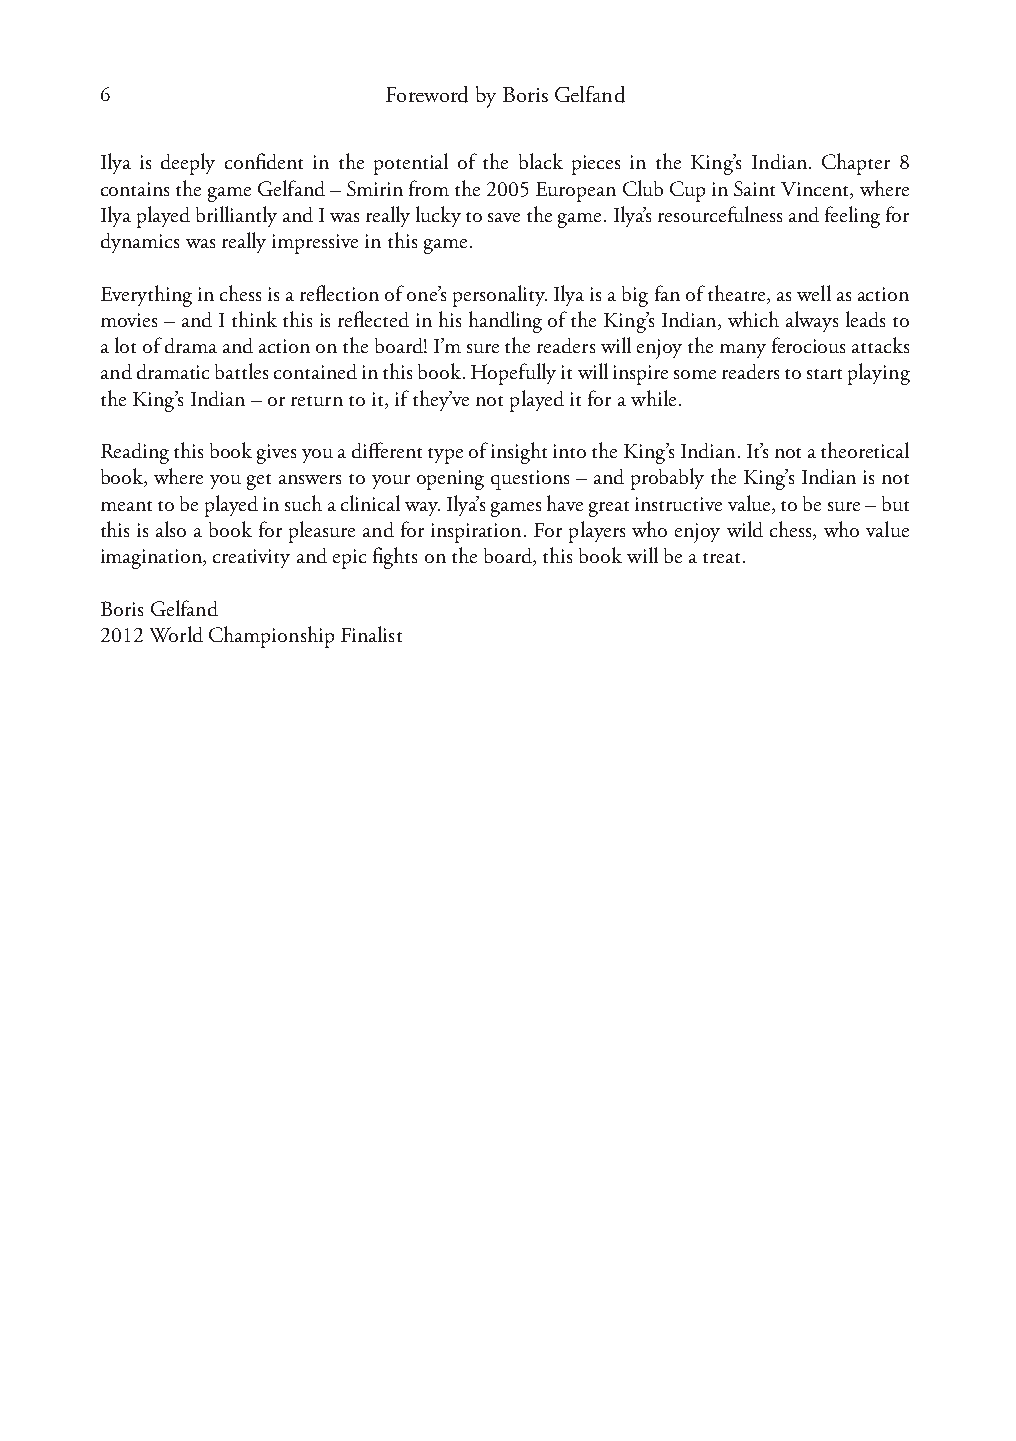
6                 Foreword by Boris Gelfand
 Ilya is deeply confident in the potential of the black pieces in the King’s Indian. Chapter 8
 contains the game Gelfand – Smirin from the 2005 European Club Cup in Saint Vincent, where
 Ilya played brilliantly and I was really lucky to save the game. Ilya’s resourcefulness and feeling for
 dynamics was really impressive in this game.
 Everything in chess is a reflection of one’s personality. Ilya is a big fan of theatre, as well as action
 movies – and I think this is reflected in his handling of the King’s Indian, which always leads to
 a lot of drama and action on the board! I’m sure the readers will enjoy the many ferocious attacks
 and dramatic battles contained in this book. Hopefully it will inspire some readers to start playing
 the King’s Indian – or return to it, if they’ve not played it for a while.
 Reading this book gives you a different type of insight into the King’s Indian. It’s not a theoretical
 book, where you get answers to your opening questions – and probably the King’s Indian is not
 meant to be played in such a clinical way. Ilya’s games have great instructive value, to be sure – but
 this is also a book for pleasure and for inspiration. For players who enjoy wild chess, who value
 imagination, creativity and epic fights on the board, this book will be a treat.
 Boris Gelfand
 2012 World Championship Finalist